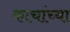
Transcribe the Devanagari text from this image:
काचांच्या